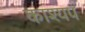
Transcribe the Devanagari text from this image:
काश्‍यप